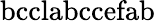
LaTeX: \mathrm{bcclabccefab}